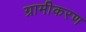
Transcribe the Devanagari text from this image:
ग्रामीकरण